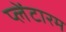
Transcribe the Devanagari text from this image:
प्लेंटारम